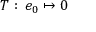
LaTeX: T : \, e _ { 0 } \mapsto 0